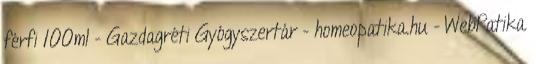
férfi 100ml - Gazdagréti Gyógyszertár - homeopatika.hu - WebPatika